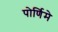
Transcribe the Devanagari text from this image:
पोर्णिमे